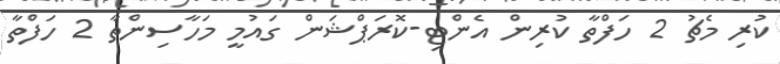
ކުރި މެޗު 2 ހަފްތާ ކުރިން އެންޓި-ކޮރަޕްޝަން ގައުމީ މަހާސިންތާ 2 ހަފްތާ